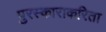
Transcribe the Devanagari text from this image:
पुरस्काराकरिता